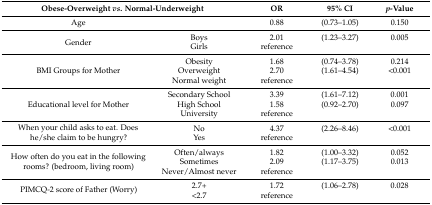
| <COLSPAN=2> Obese-Overweight vs. Normal-Underweight | OR | 95% CI | p-Value |
 | --- | --- | --- | --- | --- |
 | Age |  | 0.88 | (0.73–1.05) | 0.150 |
 | <ROWSPAN=2> Gender | Boys | 2.01 | (1.23–3.27) | 0.005 |
 | Girls | reference |  |  |
 | <ROWSPAN=3> BMI Groups for Mother | Obesity | 1.68 | (0.74–3.78) | 0.214 |
 | Overweight | 2.70 | (1.61–4.54) | <0.001 |
 | Normal weight | reference |  |  |
 | <ROWSPAN=3> Educational level for Mother | Secondary School | 3.39 | (1.61–7.12) | 0.001 |
 | High School | 1.58 | (0.92–2.70) | 0.097 |
 | University | reference |  |  |
 | <ROWSPAN=2> When your child asks to eat. Does he/she claim to be hungry? | No | 4.37 | (2.26–8.46) | <0.001 |
 | Yes | reference |  |  |
 | <ROWSPAN=3> How often do you eat in the following rooms? (bedroom, living room) | Often/always | 1.82 | (1.00–3.32) | 0.052 |
 | Sometimes | 2.09 | (1.17–3.75) | 0.013 |
 | Never/Almost never | reference |  |  |
 | <ROWSPAN=2> PIMCQ-2 score of Father (Worry) | 2.7+ | 1.72 | (1.06–2.78) | 0.028 |
 | <2.7 | reference |  |  |